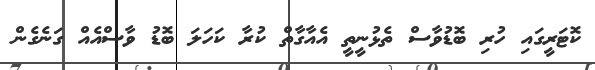
ކޮޓަރީގައި ހުރި ބޮޑުވާސް ތެޅުނީތީ އެއާގާތް ކުރާ ކަހަލަ ބޮޑު ވާސްއެއް ގަނެގެން